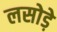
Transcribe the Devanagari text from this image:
लसोडे़